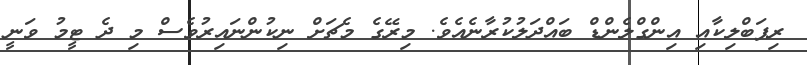
ރިޕަބްލިކާއި އިންގްލެންޑް ބައްދަލުކުރާނެއެވެ. މިރޭގެ މެޗަށް ނިކުންނައިރުވެސް މި ދެ ޓީމު ވަނީ